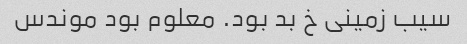
سیب زمینی خ بد بود. معلوم بود موندس